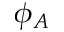
\phi _ { A }